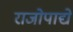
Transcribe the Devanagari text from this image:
राजोपाद्ये